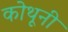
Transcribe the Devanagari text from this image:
कोथूनी